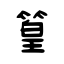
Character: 篁